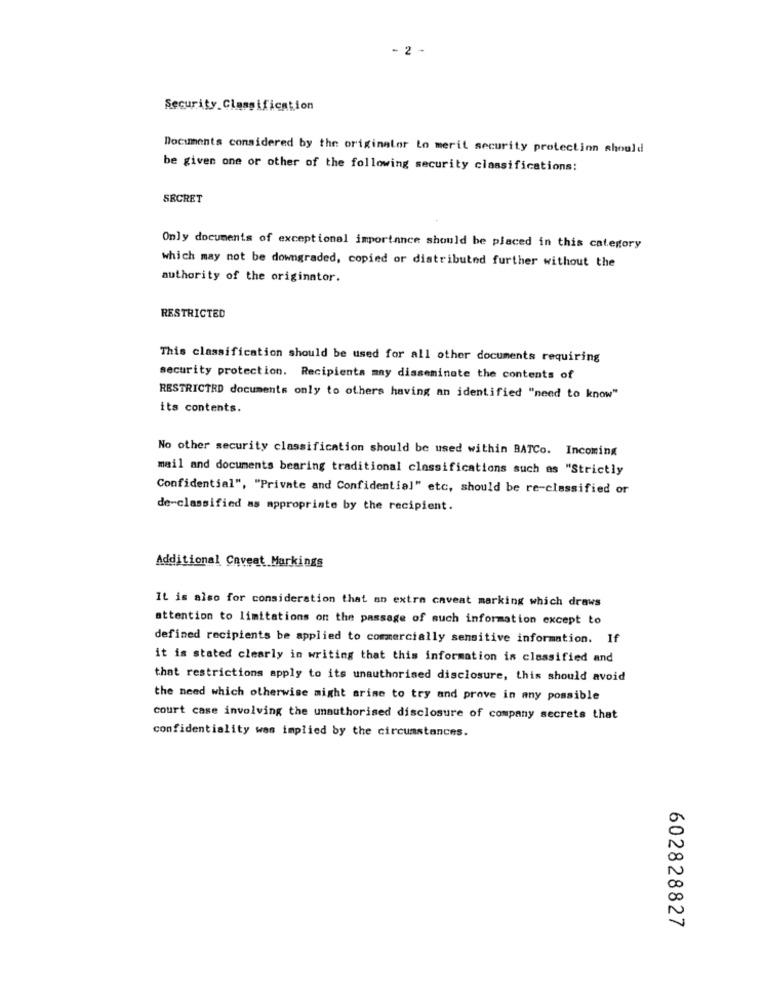
- 2 -
Security Classification
Documents considered by the originalor io merit security protection should
be given one or other of the following security classifications:
SECRET
Only documents of exceptional importance should be placed in this category
which may not be downgraded, copied or distributed further without the
authority of the originator.
RESTRICTED
This classification should be used for all other documents requiring
security protection. Recipienta may disseminate the contents of
RESTRICTRD documents only to others having an identified "need to know"
its contents.
No other security classification should be used within BATCo. Incoming
mail and documents bearing traditional classifications such as "Strictly
Confidential", "Private and Confidential" etc, should be re-classified or
de-classified as appropriate by the recipient.
Additional Caveat Markings
It is also for consideration that an extra caveat marking which draws
attention to limitations on the passage of such information except to
defined recipients be applied to commercially sensitive information. If
it is stated clearly in writing that this information is classified and
that restrictions apply to its unauthorised disclosure, this should avoid
the need which otherwise might arise to try and prove in any possible
court case involving the unauthorised disclosure of company secrets that
confidentiality was implied by the circumstances.
602828827